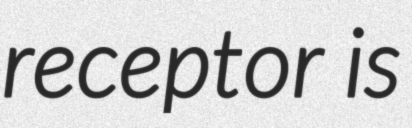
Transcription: receptor is